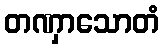
တဏှာသောတံ